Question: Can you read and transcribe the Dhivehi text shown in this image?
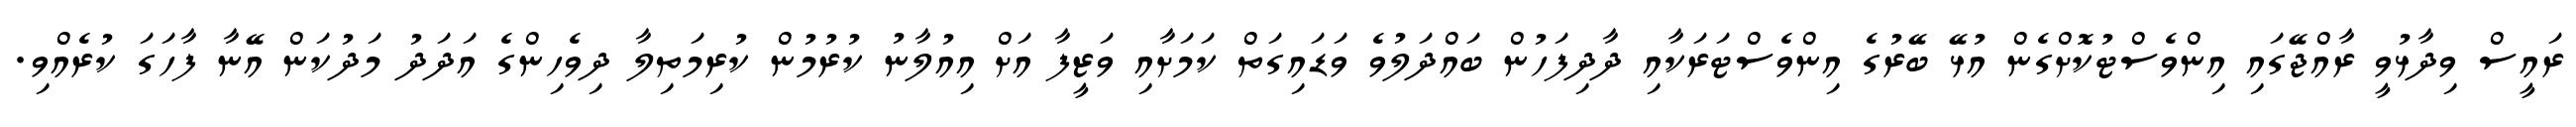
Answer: ރައީސް ވިދާޅުވީ ރާއްޖޭގައި އިންވެސްޓުކޮށްގެން އުޅޭ ބޭރުގެ އިންވެސްޓަރަކާއި ދާދިފަހުން ބައްދަލުވެ ވަޑައިގަތް ކަމަށާއި ވަޒީފާ އަށް އިއުލާނު ކުރުމުން ކުރިމަތިލާ ދިވެހިންގެ އަދަދު މަދުކަން އޭނާ ފާހަގަ ކުރެއްވި.